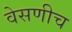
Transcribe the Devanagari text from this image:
वेसणीच